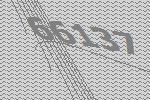
66137